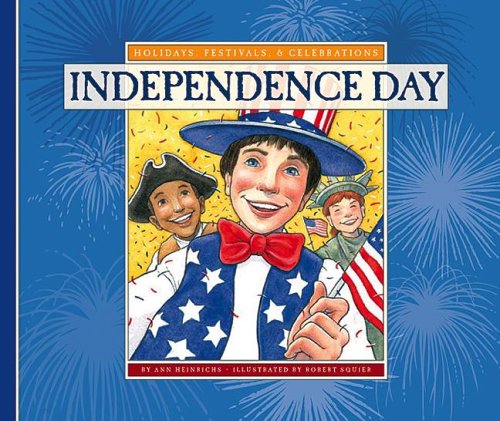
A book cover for Independence Day (Holidays, Festivals, & Celebrations); Ann Heinrichs; Children's Books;